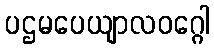
ပဌမပေယျာလဝဂ္ဂေါ